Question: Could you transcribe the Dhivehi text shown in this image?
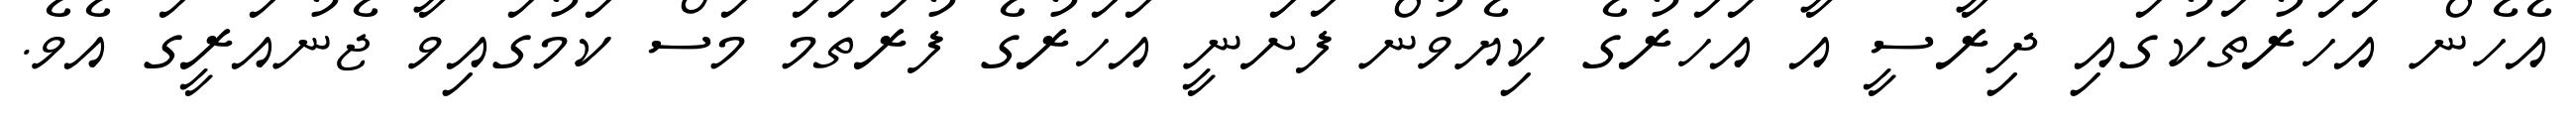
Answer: އެހެން އަހަރުތަކުގައި ދިރާސީ އާ އަހަރުގެ ކިޔެވުން ފަށަނީ އަހަރުގެ ފުރަތަމަ މަސް ކަމުގައިވާ ޖެނުއަރީގަ އެވެ.